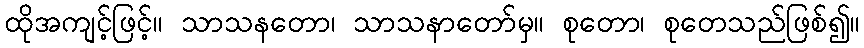
ထိုအကျင့်ဖြင့်။ သာသနတော၊ သာသနာတော်မှ။ စုတော၊ စုတေသည်ဖြစ်၍။